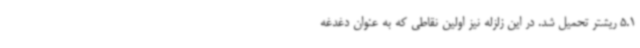
5.1 ریشتر تحمیل شد. در این زلزله نیز اولین نقاطی که به عنوان دغدغه